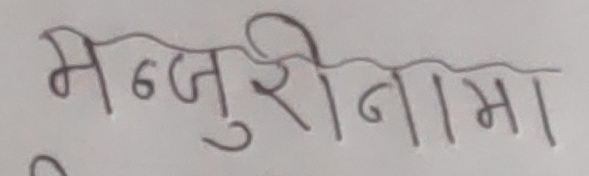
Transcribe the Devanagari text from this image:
मञ्जुरीनामा